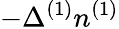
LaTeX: -\Delta^{(1)}n^{(1)}